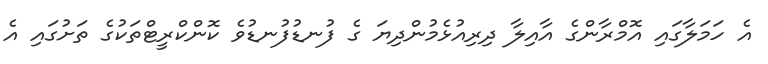
އެ ހަމަލާގައި އޮމްރާންގެ އާއިލާ ދިރިއުޅެމުންދިޔަ ގެ ފުނޑުފުނޑުވެ ކޮންކްރީޓްތަކުގެ ތަށުގައި އެ